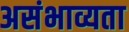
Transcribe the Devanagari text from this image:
असंभाव्यता